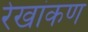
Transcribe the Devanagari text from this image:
रेखांकण